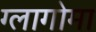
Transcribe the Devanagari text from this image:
ग्लागोमा